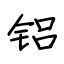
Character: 铝